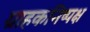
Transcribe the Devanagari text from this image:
ग्राहकनिष्पक्ष